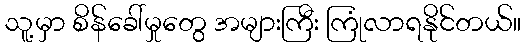
သူ့မှာ စိန်ခေါ်မှုတွေ အများကြီး ကြုံလာရနိုင်တယ်။